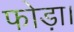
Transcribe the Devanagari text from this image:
फोड़ा।